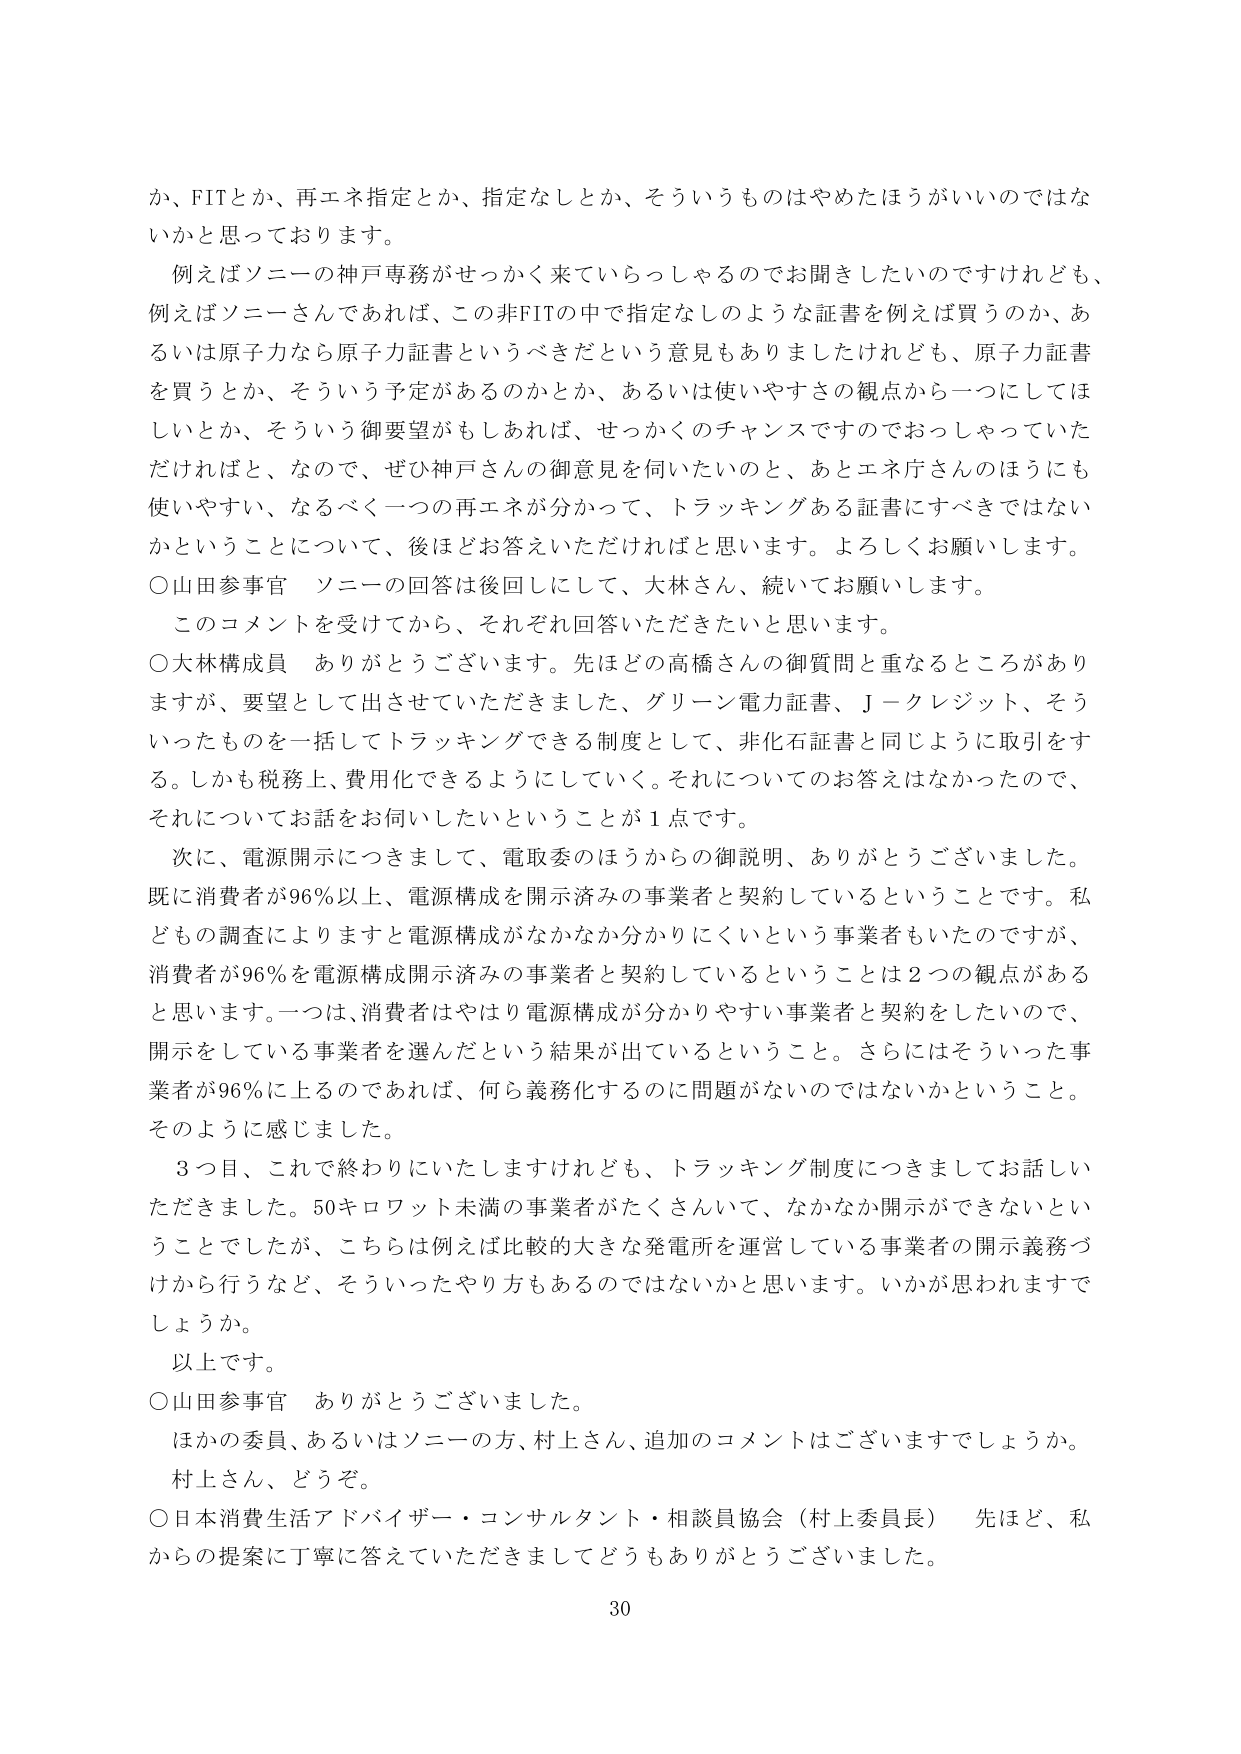
か、FITとか、再エネ指定とか、指定なしとか、そういうものはやめたほうがいいのではな
いかと思っております。
例えばソニーの神戸専務がせっかく来ていらっしゃるのでお聞きしたいのですけれども、
例えばソニーさんであれば、この非FITの中で指定なしのような証書を例えば買うのか、あ
るいは原子力なら原子力証書というべきだという意見もありましたけれども、原子力証書
を買うとか、そういう予定があるのかとか、あるいは使いやすさの観点から一つにしてほ
しいとか、そういう御要望がもしあれば、せっかくのチャンスですのでおっしゃっていた
だければと、なので、ぜひ神戸さんの御意見を伺いたいのと、あとエネ庁さんのほうにも
使いやすい、なるべく一つの再エネが分かって、トラッキングある証書にすべきではない
かということについて、後ほどお答えいただければと思います。よろしくお願いします。
○山田参事官　ソニーの回答は後回しにして、大林さん、続いてお願いします。
このコメントを受けてから、それぞれ回答いただきたいと思います。
○大林構成員　ありがとうございます。先ほどの高橋さんの御質問と重なるところがあり
ますが、要望として出させていただきました、グリーン電力証書、Ｊ－クレジット、そう
いったものを一括してトラッキングできる制度として、非化石証書と同じように取引をす
る。しかも税務上、費用化できるようにしていく。それについてのお答えはなかったので、
それについてお話をお伺いしたいということが１点です。
次に、電源開示につきまして、電取委のほうからの御説明、ありがとうございました。
既に消費者が96％以上、電源構成を開示済みの事業者と契約しているということです。私
どもの調査によりますと電源構成がなかなか分かりにくいという事業者もいたのですが、
消費者が96％を電源構成開示済みの事業者と契約しているということは２つの観点がある
と思います。一つは、消費者はやはり電源構成が分かりやすい事業者と契約をしたいので、
開示をしている事業者を選んだという結果が出ているということ。さらにはそういった事
業者が96％に上るのであれば、何ら義務化するのに問題がないのではないかということ。
そのように感じました。
３つ目、これで終わりにいたしますけれども、トラッキング制度につきましてお話しい
ただきました。50キロワット未満の事業者がたくさんいて、なかなか開示ができないとい
うことでしたが、こちらは例えば比較的大きな発電所を運営している事業者の開示義務づ
けから行うなど、そういったやり方もあるのではないかと思います。いかが思われますで
しょうか。
以上です。
○山田参事官　ありがとうございました。
ほかの委員、あるいはソニーの方、村上さん、追加のコメントはございますでしょうか。
村上さん、どうぞ。
○日本消費生活アドバイザー・コンサルタント・相談員協会（村上委員長）　先ほど、私
からの提案に丁寧に答えていただきましてどうもありがとうございました。
30